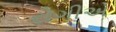
રોગીએ